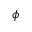
\phi